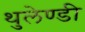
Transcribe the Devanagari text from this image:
थुलेण्डी